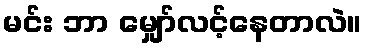
မင်း ဘာ မျှော်လင့်နေတာလဲ။